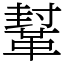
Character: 鞤